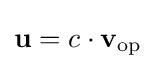
\mathbf {u} =c\cdot \mathbf {v} _{\textrm {op}}